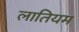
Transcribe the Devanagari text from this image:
लातियम